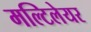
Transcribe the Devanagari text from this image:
मल्टिलेयर